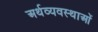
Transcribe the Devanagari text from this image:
अर्थव्यवस्थाआें